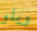
ويلو